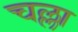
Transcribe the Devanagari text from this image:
चल्ला